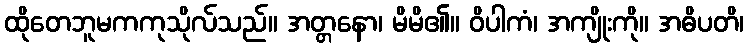
ထိုတေဘူမကကုသိုလ်သည်။ အတ္တနော၊ မိမိ၏။ ဝိပါကံ၊ အကျိုးကို။ အဓိပတိ၊